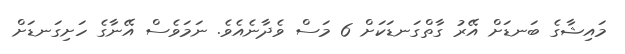
މައިޝާގެ ބަނޑަށް އޭރު ގާތްގަނޑަކަށް 6 މަސް ވެދާނެއެވެ. ނަމަވެސް އޭނާގެ ހަށިގަނޑަށް